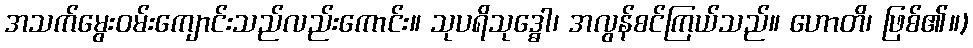
အသက်မွေးဝမ်းကျောင်းသည်လည်းကောင်း။ သုပရိသုဒ္ဓေါ၊ အလွန်စင်ကြယ်သည်။ ဟောတိ၊ ဖြစ်၏။)